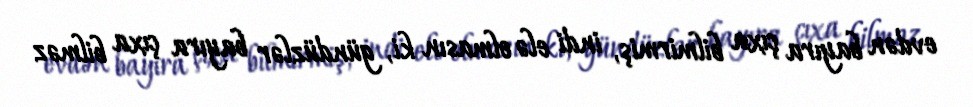
evdən bayıra çıxa bilmirmiş, indi elə olmasın ki, gündüzlər bayıra çıxa bilməz